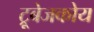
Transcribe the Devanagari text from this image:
ट्रूबेजकोय